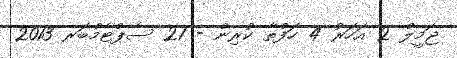
ޖަމީލް 2 އަހަރު 4 ހަފްތާ ކުރިން - 21 ސެޕްޓެމްބަރ 2013